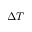
\Delta T